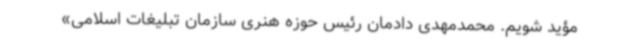
مؤید شویم. محمدمهدی دادمان رئیس حوزه هنری سازمان تبلیغات اسلامی»